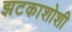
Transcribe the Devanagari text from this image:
झटकाशोशी